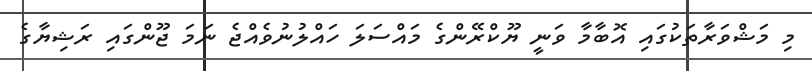
މި މަޝްވަރާތަކުގައި އޮބާމާ ވަނީ ޔޫކްރޭންގެ މައްސަލަ ހައްލުނުވެއްޖެ ނަމަ ޖޫންގައި ރަޝިޔާގެ